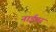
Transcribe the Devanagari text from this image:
नाईपर